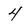
Character: 4